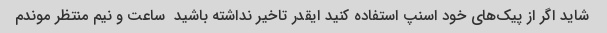
شاید اگر از پیک‌های خود اسنپ استفاده کنید ایقدر تاخیر نداشته باشید  ساعت و نیم منتظر موندم